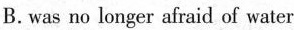
B. was no longer afraid of water